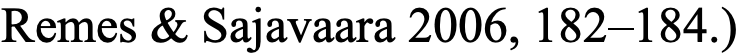
Remes & Sajavaara 2006, 182–184.)